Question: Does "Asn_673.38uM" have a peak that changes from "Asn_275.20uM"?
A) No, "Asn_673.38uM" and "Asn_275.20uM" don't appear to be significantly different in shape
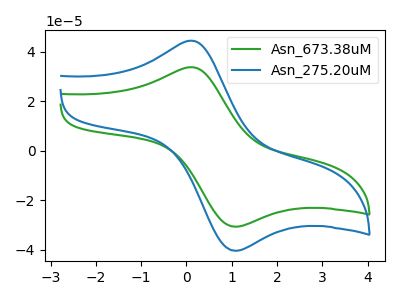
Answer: <think>The green curve "Asn_673.38uM" has an anodic peak at (0.15V, 33.70uA) and a cathodic peak at (1.05V, -30.70uA). The blue curve "Asn_275.20uM" has an anodic peak at (0.15V, 44.40uA) and a cathodic peak at (1.05V, -40.40uA).
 All the peaks in "Asn_673.38uM" have a peak in "Asn_275.20uM" at the same potential. Every peak in "Asn_673.38uM" is lower than every peak in "Asn_275.20uM".</think>
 <answer>A) No, "Asn_673.38uM" and "Asn_275.20uM" don't appear to be significantly different in shape</answer>
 <eval>A</eval>